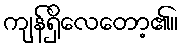
ကျန်ရှိလေတော့၏။